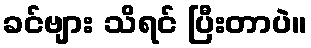
ခင်ဗျား သိရင် ပြီးတာပဲ။